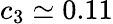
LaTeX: c_{3}\simeq 0.11